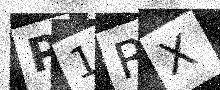
Text: P1RX